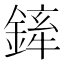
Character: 𨩏